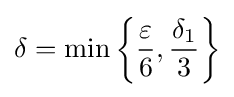
\delta =\min \left\{{\frac {\varepsilon }{6}},{\frac {\delta _{1}}{3}}\right\}